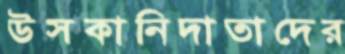
উসকানিদাতাদের